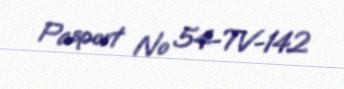
Pasport № 54-TV-142